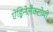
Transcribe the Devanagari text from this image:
ऐड्रिनेलैक्टोमी